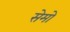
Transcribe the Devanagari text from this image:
सेमो